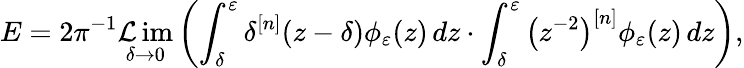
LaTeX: E=2\pi^{-1}\operatorname*{\mathcal{L}im}_{\delta\to0}\left(\int_{\delta}^{\varepsilon}\delta^{[n]}(z-\delta)\phi_{\varepsilon}(z)\mathop{}\! {d{z}}\cdot\int_{\delta}^{\varepsilon}\left(z^{-2}\right)^{[n]}\phi_{\varepsilon}(z)\mathop{}\! {d{z}}\right),